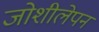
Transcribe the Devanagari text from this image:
जोशीलेपन